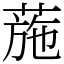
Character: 葹